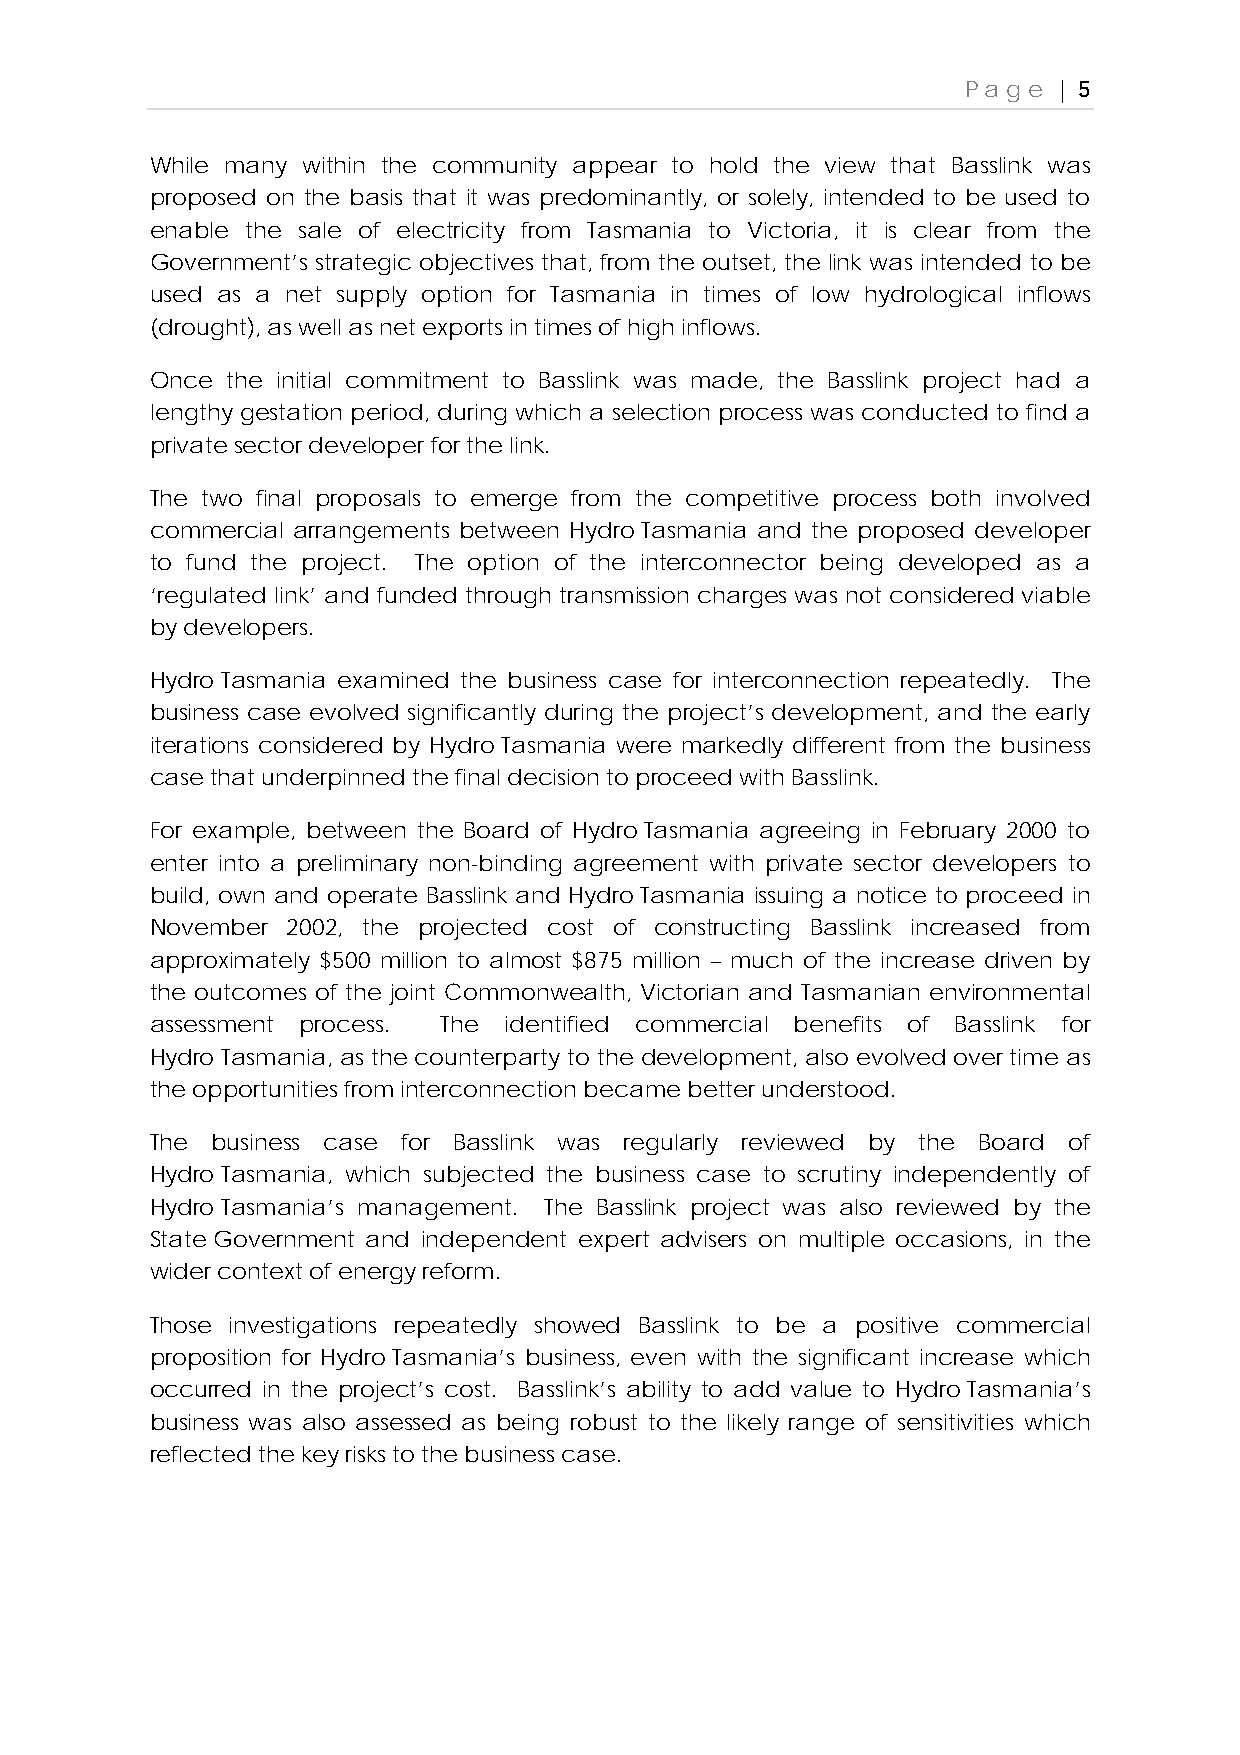
Page  | 5
 While many within the community appear to hold the view that Basslink was
 proposed on the basis that it was predominantly, or solely, intended to be used to
 enable the sale of electricity from Tasmania to Victoria, it is clear from the
 Government’s strategic objectives that, from the outset, the link was intended to be
 used as a net supply option for Tasmania in times of low hydrological inflows
 (drought), as well as net exports in times of high inflows.
 Once the initial commitment to Basslink was made, the Basslink project had a
 lengthy gestation period, during which a selection process was conducted to find a
 private sector developer for the link.
 The two final proposals to emerge from the competitive process both involved
 commercial arrangements between Hydro Tasmania and the proposed developer
 to fund the project. The option of the interconnector being developed as a
 ‘regulated link’ and funded through transmission charges was not considered viable
 by developers.
 Hydro Tasmania examined the business case for interconnection repeatedly. The
 business case evolved significantly during the project’s development, and the early
 iterations considered by Hydro Tasmania were markedly different from the business
 case that underpinned the final decision to proceed with Basslink.
 For example, between the Board of Hydro Tasmania agreeing in February 2000 to
 enter into a preliminary non-binding agreement with private sector developers to
 build, own and operate Basslink and Hydro Tasmania issuing a notice to proceed in
 November 2002, the projected cost of constructing Basslink increased from
 approximately $500 million to almost $875 million – much of the increase driven by
 the outcomes of the joint Commonwealth, Victorian and Tasmanian environmental
 assessment process. The identified commercial benefits of Basslink for
 Hydro Tasmania, as the counterparty to the development, also evolved over time as
 the opportunities from interconnection became better understood.
 The business case for Basslink was regularly reviewed by the Board of
 Hydro Tasmania, which subjected the business case to scrutiny independently of
 Hydro Tasmania’s management. The Basslink project was also reviewed by the
 State Government and independent expert advisers on multiple occasions, in the
 wider context of energy reform.
 Those investigations repeatedly showed Basslink to be a positive commercial
 proposition for Hydro Tasmania’s business, even with the significant increase which
 occurred in the project’s cost. Basslink’s ability to add value to Hydro Tasmania’s
 business was also assessed as being robust to the likely range of sensitivities which
 reflected the key risks to the business case.